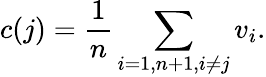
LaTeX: c(j)=\frac{1}{n}\sum_{i=1,n+1,i\neq j}v_{i}.